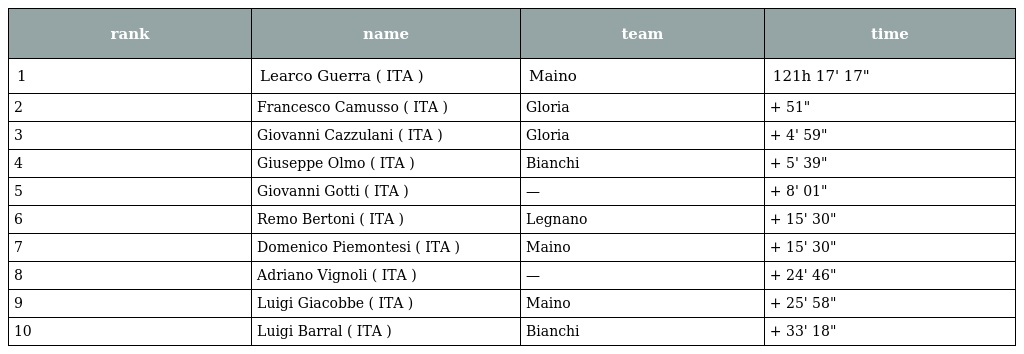
| rank | name | team | time |
 | --- | --- | --- | --- |
 | 1 | Learco Guerra ( ITA ) | Maino | 121h 17' 17" |
 | 2 | Francesco Camusso ( ITA ) | Gloria | + 51" |
 | 3 | Giovanni Cazzulani ( ITA ) | Gloria | + 4' 59" |
 | 4 | Giuseppe Olmo ( ITA ) | Bianchi | + 5' 39" |
 | 5 | Giovanni Gotti ( ITA ) | — | + 8' 01" |
 | 6 | Remo Bertoni ( ITA ) | Legnano | + 15' 30" |
 | 7 | Domenico Piemontesi ( ITA ) | Maino | + 15' 30" |
 | 8 | Adriano Vignoli ( ITA ) | — | + 24' 46" |
 | 9 | Luigi Giacobbe ( ITA ) | Maino | + 25' 58" |
 | 10 | Luigi Barral ( ITA ) | Bianchi | + 33' 18" |